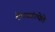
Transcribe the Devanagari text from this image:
श्वैववहंत्येते